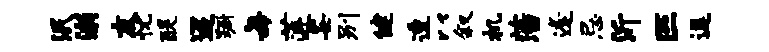
泯溺友忧醍迢蹰每莲妥别健透以叙机藩逢忌沂匹逗